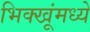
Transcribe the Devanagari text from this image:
भिक्खूंमध्ये